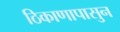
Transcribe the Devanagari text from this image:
ठिकाणापासुन